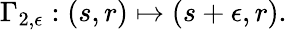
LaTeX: \Gamma_{2,\epsilon}:\left(s,r\right)\mapsto\left(s+\epsilon,r\right).